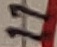
Text: 11